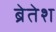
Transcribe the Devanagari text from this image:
ब्रेतेश